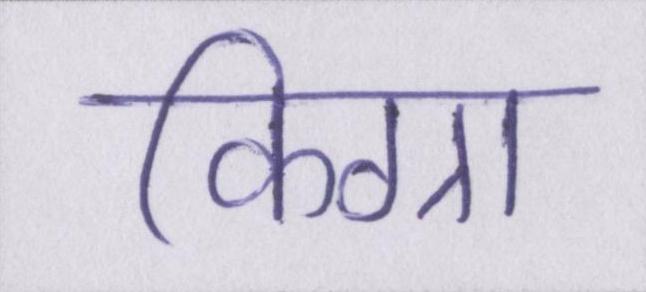
किग्रा